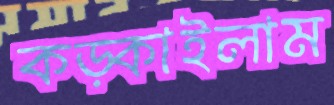
কড়্‌কাইলাম